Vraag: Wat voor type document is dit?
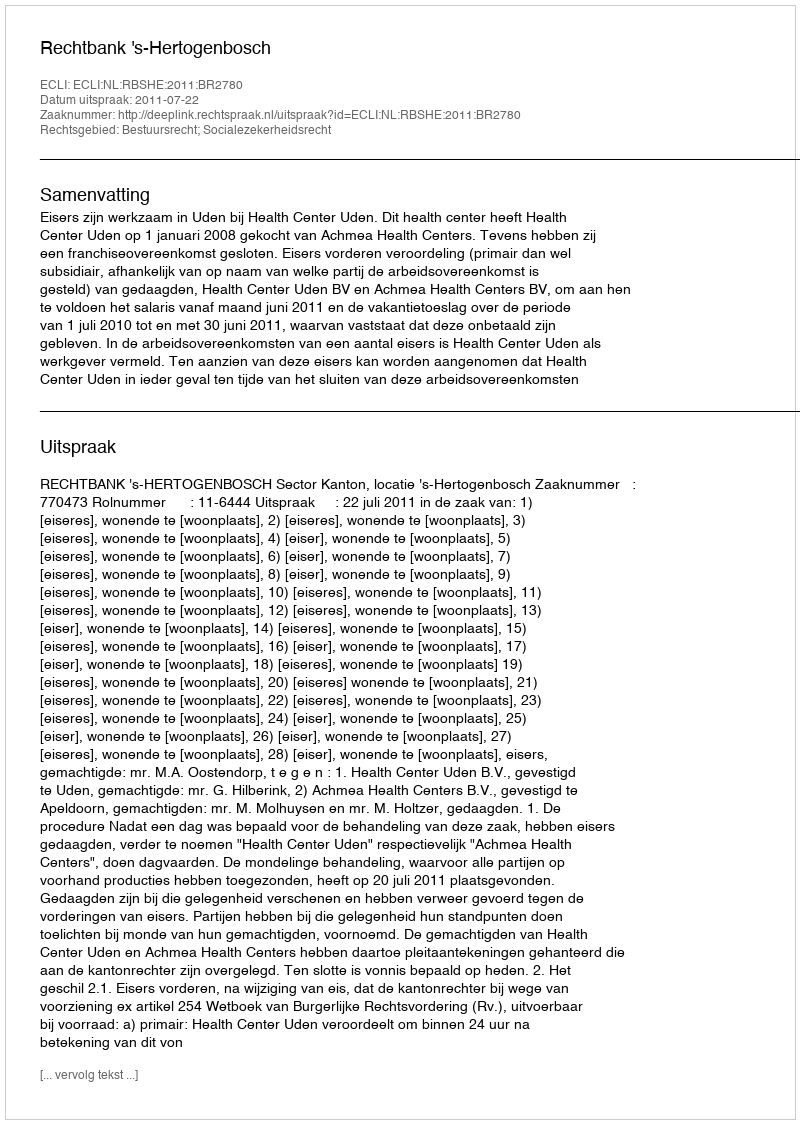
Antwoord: Uitspraak